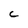
Character: c